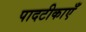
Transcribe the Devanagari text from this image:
पादटीकाएँ